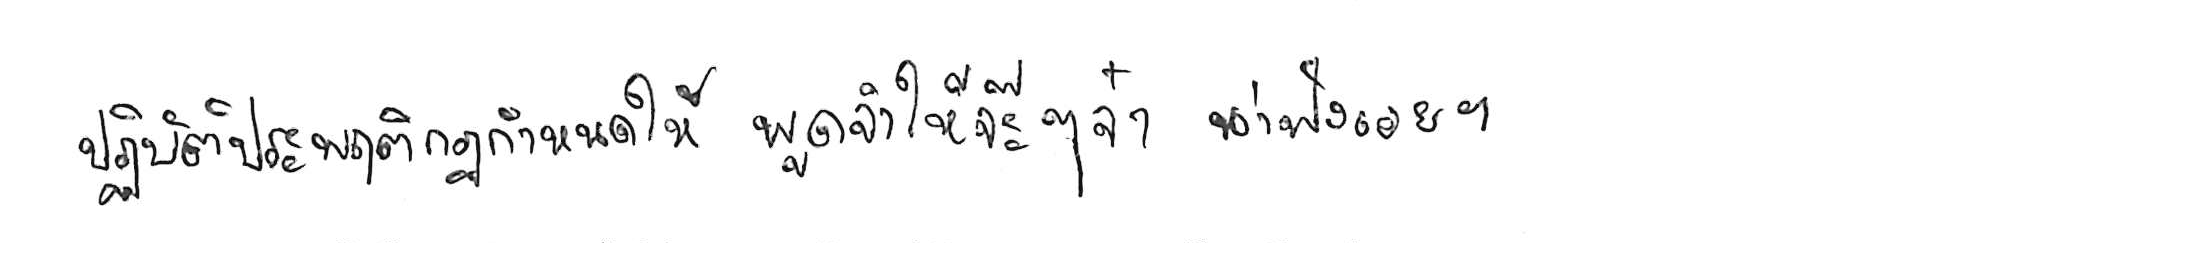
ปฏิบัติประพฤติกฎกำหนดใจ พูดจาให้จ๊ะๆ จ๋า น่าฟังเอยฯ